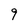
Character: 9